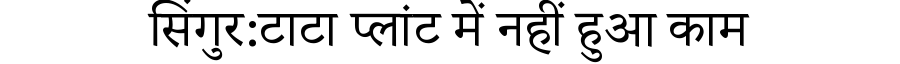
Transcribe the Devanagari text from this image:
सिंगुर:टाटा प्लांट में नहीं हुआ काम